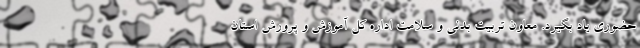
حضوری یاد بگیرد. معاون تربیت بدنی و سلامت اداره کل آموزش و پرورش استان